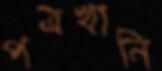
পত্রখানি